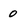
Character: 0